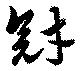
冠